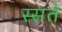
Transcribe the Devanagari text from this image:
स्सते